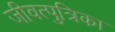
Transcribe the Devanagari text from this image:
जीवत्पुत्रिका